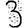
Digit: 3